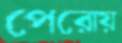
পেরোয়